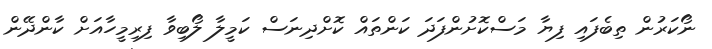
ނޯކަރުން ތިބެފައި ފިޔާ މަސްކޮށުންފަދަ ކަންތައް ކޮށްދިނަސް ކަމީލާ ލޯބިވާ ފިރިމީހާއަށް ކާންދޭން